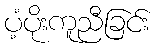
ပံ့ပိုးကူညီခြင်း